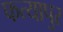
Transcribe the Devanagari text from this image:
फत्यापुर